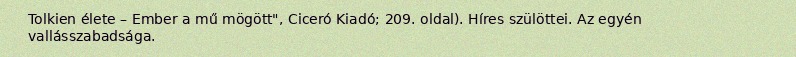
Tolkien élete – Ember a mű mögött", Ciceró Kiadó; 209. oldal). Híres szülöttei. Az egyén vallásszabadsága.